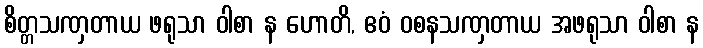
စိတ္တသဏှတာယ ဖရုသာ ဝါစာ န ဟောတိ, ဧဝံ ဝစနသဏှတာယ အဖရုသာ ဝါစာ န